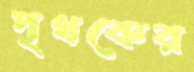
পৃথকের